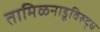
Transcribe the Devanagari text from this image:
तामिळनाडूविरुद्ध